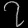
Digit: ၇